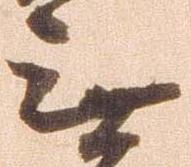
無